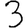
Digit: 3